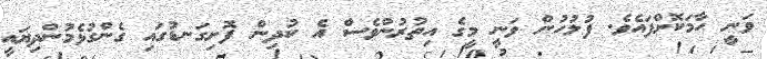
ވަނީ ހާމަކޮށްފައެވެ. ފުލުހުން ވަނީ މީގެ އިތުރުންވެސް އެ ކުދިން ފޮށިގަނޑުގައި ގެންގުޅެމުންދިޔައީ